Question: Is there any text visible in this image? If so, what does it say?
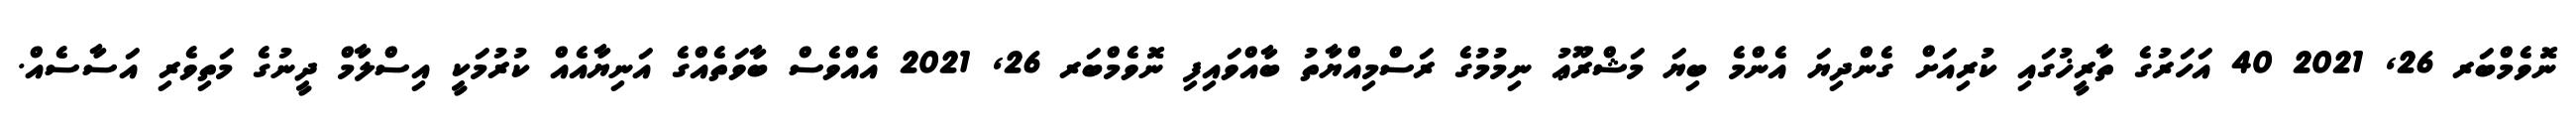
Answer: ނޮވެމްބަރ 26, 2021 40 އަހަރުގެ ތާރީޚުގައި ކުރިއަށް ގެންދިޔަ އެންމެ ބިޔަ މަޝްރޫޢު ނިމުމުގެ ރަސްމިއްޔާތު ބާއްވައިފި ނޮވެމްބަރ 26, 2021 އެއްވެސް ބާވަތެއްގެ އަނިޔާއެއް ކުރުމަކީ އިސްލާމް ދީނުގެ މަތިވެރި އަސާސެއް.